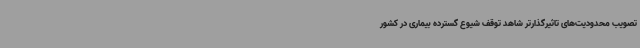
تصویب محدودیت‌های تاثیرگذارتر شاهد توقف شیوع گسترده بیماری در کشور